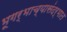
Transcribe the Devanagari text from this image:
भूगर्भाच्यासंदर्भात